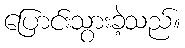
ပြောင်းသွားခဲ့သည်။